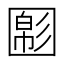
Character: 𡈝